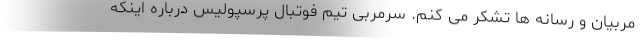
مربیان و رسانه ها تشکر می کنم. سرمربی تیم فوتبال پرسپولیس درباره اینکه